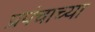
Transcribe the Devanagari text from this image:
प्रपंचाच्या